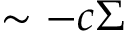
\sim - c \Sigma